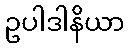
ဥပါဒါနိယာ